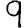
Digit: 9